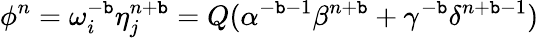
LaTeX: \phi^{n}=\omega_{i}^{-\mathtt{b}}\eta_{j}^{n+\mathtt{b}}=Q(\alpha^{-\mathtt{b}-1}\beta^{n+\mathtt{b}}+\gamma^{-\mathtt{b}}\delta^{n+\mathtt{b}-1})